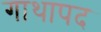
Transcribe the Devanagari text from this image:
गाथापद